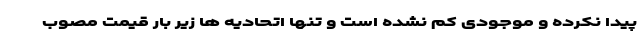
پیدا نکرده و موجودی کم نشده است و تنها اتحادیه ها زیر بار قیمت مصوب